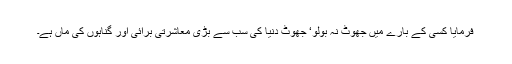
فرمایا کسی کے بارے میں جھوٹ نہ بولو‘ جھوٹ دنیا کی سب سے بڑی معاشرتی برائی اور گناہوں کی ماں ہے۔